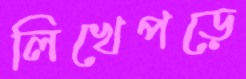
লিখেপড়ে